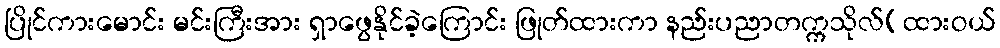
ပြိုင်ကားမောင်း မင်းကြီးအား ရှာဖွေနိုင်ခဲ့ကြောင်း ဖြုတ်ထားကာ နည်းပညာတက္ကသိုလ်(ထားဝယ်